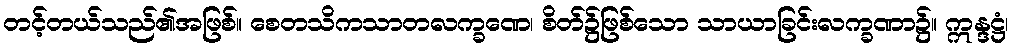
တင့်တယ်သည်၏အဖြစ်။ စေတသိကသာတလက္ခဏေ၊ စိတ်၌ဖြစ်သော သာယာခြင်းလက္ခဏာ၌။ ဣန္ဒဋ္ဌံ၊